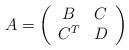
LaTeX: \begin{align*} A = \left(\begin{array}{cc} B & C \\ C^T & D \end{array}\right)\end{align*}